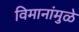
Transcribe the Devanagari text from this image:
विमानांमुळे